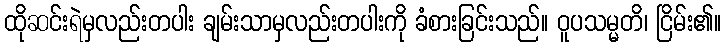
ထိုဆင်းရဲမှလည်းတပါး ချမ်းသာမှလည်းတပါးကို ခံစားခြင်းသည်။ ဝူပသမ္မတိ၊ ငြိမ်း၏။